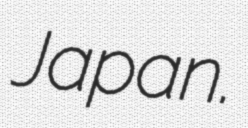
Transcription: Japan.